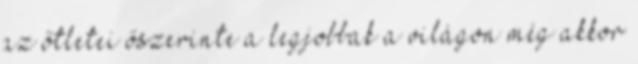
az őtletei őszerinte a legjobbak a világon még akkor